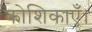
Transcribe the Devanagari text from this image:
कोशिकाएँ।